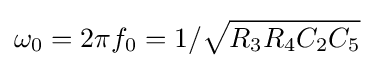
\omega _{0}=2\pi f_{0}=1/{\sqrt {R_{3}R_{4}C_{2}C_{5}}}